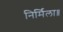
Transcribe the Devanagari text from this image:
निर्मिला॥